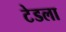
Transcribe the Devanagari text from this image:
टेडला